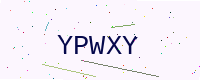
Text: YPWXY